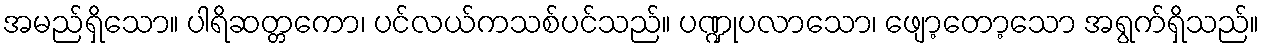
အမည်ရှိသော။ ပါရိဆတ္တကော၊ ပင်လယ်ကသစ်ပင်သည်။ ပဏ္ဍုပလာသော၊ ဖျော့တော့သော အရွက်ရှိသည်။